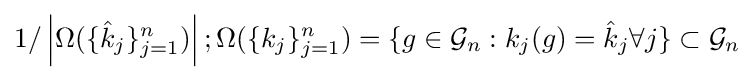
1/\left\vert \Omega (\{{\hat {k}}_{j}\}_{j=1}^{n})\right\vert ;\Omega (\{k_{j}\}_{j=1}^{n})=\{g\in {\mathcal {G}}_{n}:k_{j}(g)={\hat {k}}_{j}\forall j\}\subset {\mathcal {G}}_{n}